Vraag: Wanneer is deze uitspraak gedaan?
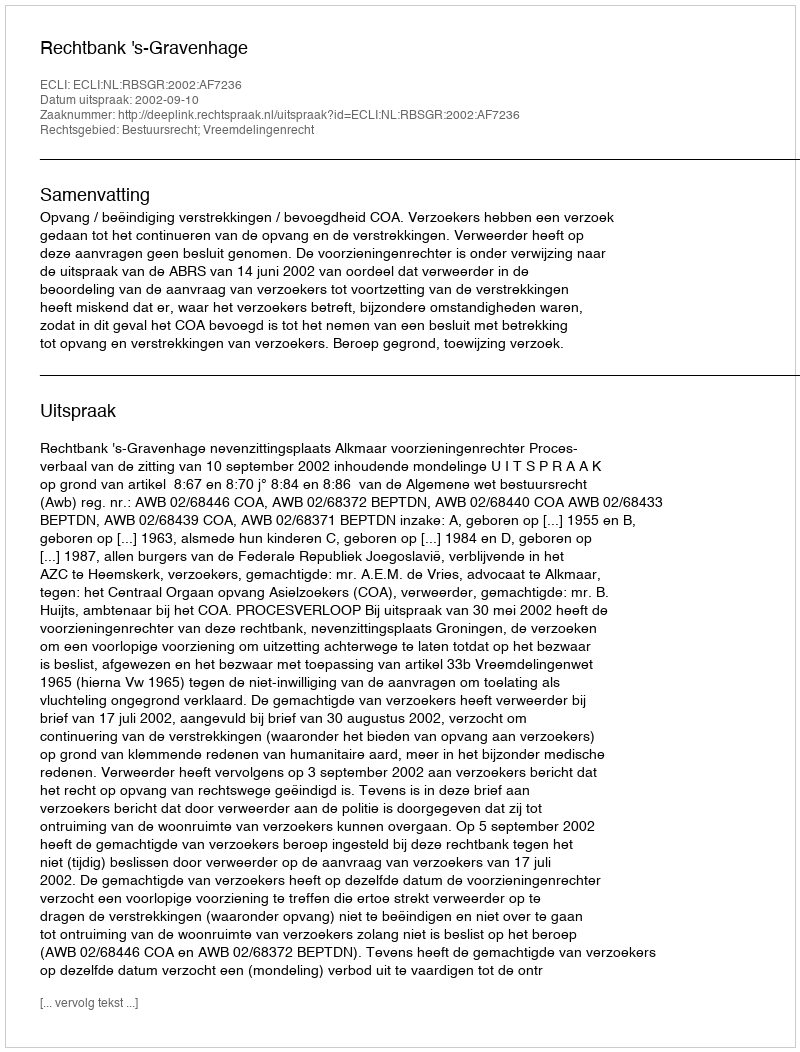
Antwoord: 2002-09-10